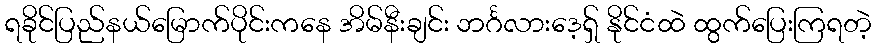
ရခိုင်ပြည်နယ်မြောက်ပိုင်းကနေ အိမ်နီးချင်း ဘင်္ဂလားဒေ့ရှ် နိုင်ငံထဲ ထွက်ပြေးကြရတဲ့